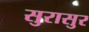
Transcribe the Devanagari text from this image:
सुरासुर